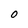
Character: O